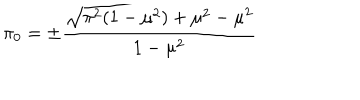
\pi _ { 0 } = \pm \frac { \sqrt { \pi ^ { 2 } ( 1 - \mu ^ { 2 } ) + \mu ^ { 2 } } - \mu ^ { 2 } } { 1 - \mu ^ { 2 } }